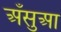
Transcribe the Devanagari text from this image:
अँसुआ